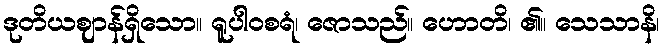
ဒုတိယဈာန်ရှိသော။ ရူပါဝစရံ၊ ဇောသည်။ ဟောတိ၊ ၏။ သေသာနိ၊